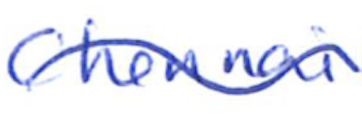
Text: Chennai
Cross-out: wave
Writing tool: ballpoint